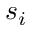
s _ { i }